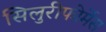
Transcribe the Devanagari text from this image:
सिलुरीफोर्मेस